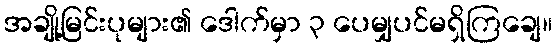
အချို့မြင်းပုများ၏ ဒေါက်မှာ ၃ ပေမျှပင်မရှိကြချေ။